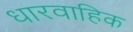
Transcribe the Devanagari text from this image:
धारवाहिक